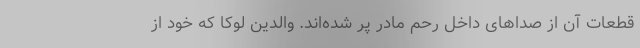
قطعات آن از صداهای داخل رحم مادر پر شده‌اند. والدین لوکا که خود از